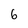
Character: 6